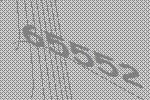
65552